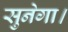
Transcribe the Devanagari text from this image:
सुनेगा।